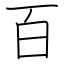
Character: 百